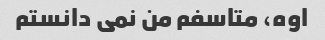
اوه، متاسفم من نمی دانستم